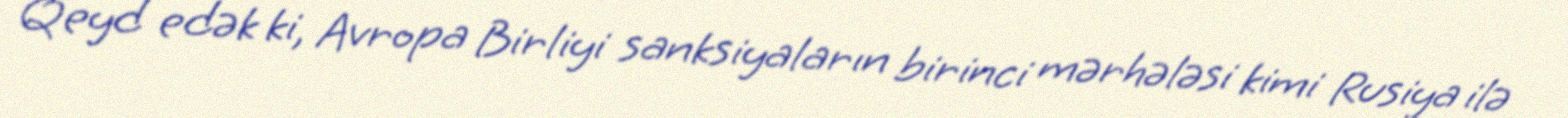
Qeyd edək ki, Avropa Birliyi sanksiyaların birinci mərhələsi kimi Rusiya ilə